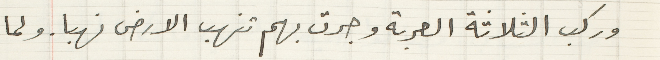
وركب الثلاثة العربة وجرت بهم تنهب الارض نهبا. ولما